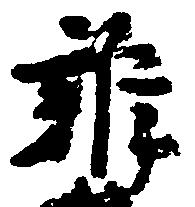
雑